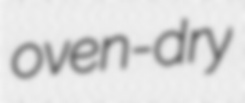
oven-dry